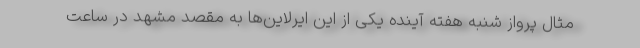
مثال پرواز شنبه هفته آینده یکی از این ایرلاین‌ها به مقصد مشهد در ساعت